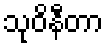
သုဝိနီတာ